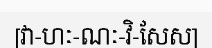
[វា-ហៈ-ណៈ-វិ-សែស]